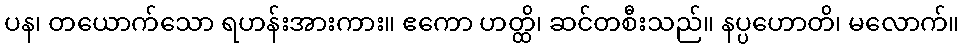
ပန၊ တယောက်သော ရဟန်းအားကား။ ဧကော ဟတ္ထိ၊ ဆင်တစီးသည်။ နပ္ပဟောတိ၊ မလောက်။